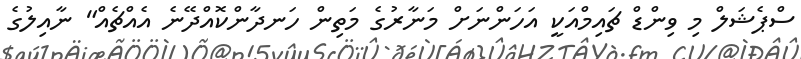
ސްޕެޝަލް މި ވިންޑް ޗައިމްއަކީ އަހަންނަށް މަނާރުގެ މަތިން ހަނދާންކޮއްދޭނެ އެއްޗެއް" ނާއިލުގެ